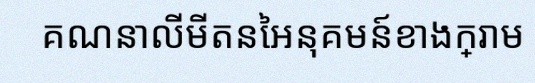
គណនាលីមីតនៃអនុគមន៍ខាងក្រោម